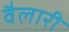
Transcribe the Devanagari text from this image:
वैलारी